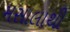
મસાલાથી